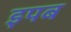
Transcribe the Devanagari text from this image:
इपब